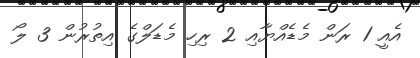
އެއީ 1 ރަން މެޑެއްޔާއި 2 ރިހި މެޑަލްގެ އިތުރުން 3 ލޯ